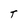
Character: T